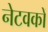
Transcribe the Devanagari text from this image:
नेटवकों